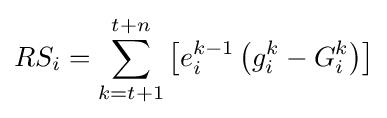
RS_{i}=\sum _{k=t+1}^{t+n}\left[e_{i}^{k-1}\left(g_{i}^{k}-G_{i}^{k}\right)\right]